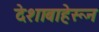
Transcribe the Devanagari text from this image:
देशाबाहेरून